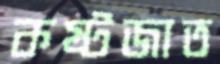
কষ্টজাত